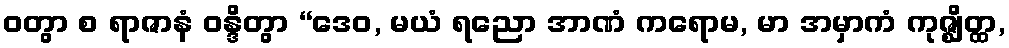
ဝတွာ စ ရာဇာနံ ဝန္ဒိတွာ “ဒေဝ, မယံ ရညော အာဏံ ကရောမ, မာ အမှာကံ ကုဇ္ဈိတ္ထ,